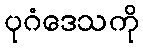
ပုဂံဒေသကို